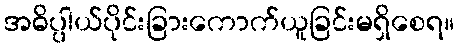
အဓိပ္ပါယ်ပိုင်းခြားကောက်ယူခြင်းမရှိစေရ။